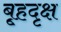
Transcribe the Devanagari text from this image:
बृ्हदृक्ष